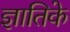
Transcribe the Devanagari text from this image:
ज्ञातिके